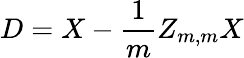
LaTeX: D=X-{\frac{1}{m}}Z_{m,m}X